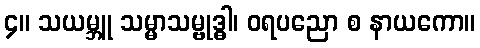
၄။ သယမ္ဘူ သမ္မာသမ္ဗုဒ္ဓါ၊ ဝရပညော စ နာယကော။